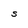
Character: S